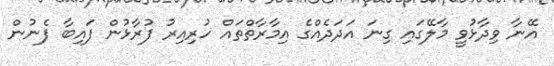
އޭނާ ވިދާޅުވީ މާލޭގައި ގިނަ އަދަދެއްގެ އިމާރާތްތައް ހުރިއިރު ފުރާޅުން ފައިބާ ފެނުން